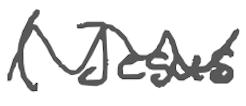
Text: (Jesus
Cross-out: wave
Writing tool: digital_gray